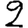
Digit: 2